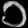
Digit: ၁